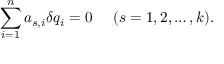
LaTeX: \sum _ { i = 1 } ^ { n } a _ { s , i } \delta q _ { i } = 0 ~ ~ ~ ~ ( s = 1 , 2 , \ldots , k ) .